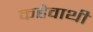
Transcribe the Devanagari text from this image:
कहेवाथी